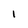
Character: l